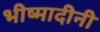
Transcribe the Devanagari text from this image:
भीष्मादीनी